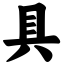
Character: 具